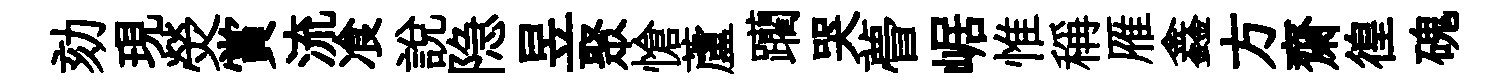
劾現熒賞流飡說隐昱聚愴蘆躪哭瞢崌惟稱雁鑫方齋徨磈